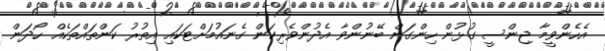
އެހެންވީމާ ޖިންސީ ގުޅުން ހިންގަން ބޭނުންވާ އެދުންވެރިކަން ގެނައުމަށްޓަކައި އިތުރު ކަންތައްތަކެއް ހޯދަން